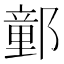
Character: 𨝯